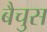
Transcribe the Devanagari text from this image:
बैचुस